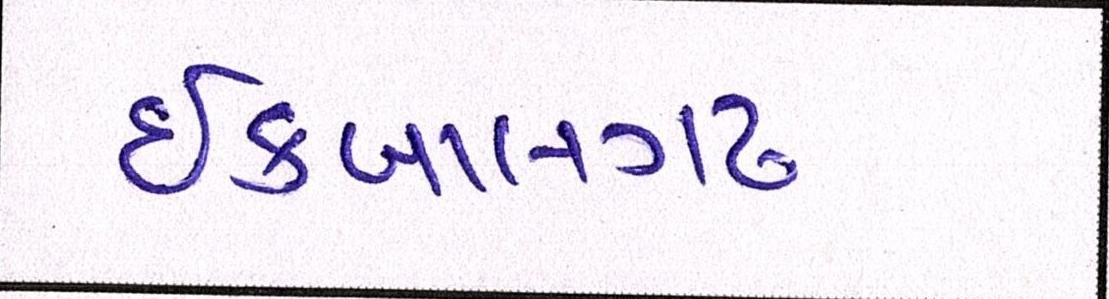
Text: ઇકબાલગઢ